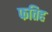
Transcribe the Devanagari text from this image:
फतिह